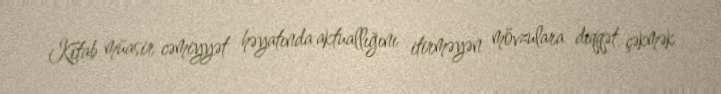
Kitab müasir cəmiyyət həyatında aktuallığını itirməyən mövzulara diqqət çəkmək